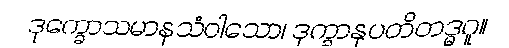
ဒုက္ခောသမာနသံဝါသော၊ ဒုက္ခာနုပတိတဒ္ဓဂူ။